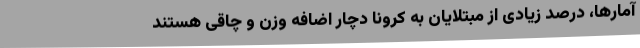
آمارها، درصد زیادی از مبتلایان به کرونا دچار اضافه وزن و چاقی هستند